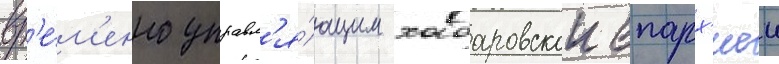
вр'е́м'енно управл'я́ющим хабаровскои епарх'иеи